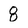
Character: 8